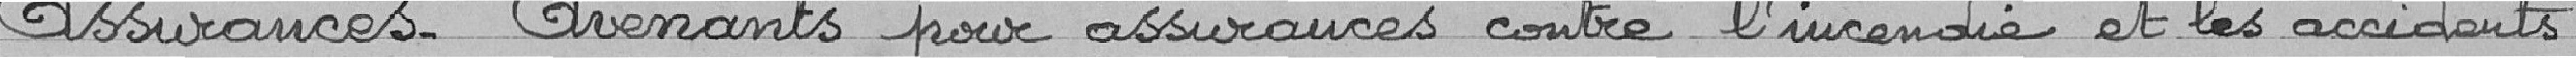
Assurances - Avenant pour assurances contre l'incendie et les accidents